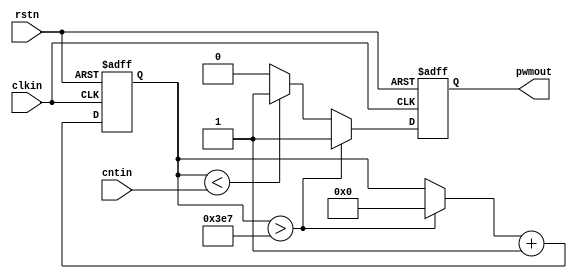
module Servo(
    clkin,
    rstn,
    cntin,
    pwmout
    );
    
    input clkin;
     input rstn;
     input [7:0]cntin;
     output reg pwmout;
     reg [11:0]counter;
	  //reg [7:0] cntin_intern;
	  //wire [7:0] cntin_wire = cntin;
	  //assign cntin_wire = cntin_intern;
	  
    always@(posedge clkin or posedge rstn)
     begin
         if (rstn == 1'b1) begin
             counter = 11'd0;
             pwmout = 1'b0;
          end
         else begin
             if (counter > 11'd999) begin
                 counter = 11'd0;
                 pwmout = 1'b1;
             end
             else if (counter < cntin)
                 pwmout = 1'b1;
             else
                 pwmout = 1'b0;
             counter = counter + 1'b1;
        end
     end

endmodule